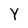
Character: Y